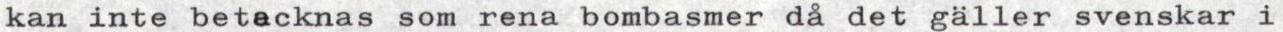
kan inte betacknas som rena bombasmer da det gäller svenskar i